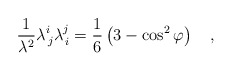
\begin{align*}\frac{1}{\lambda^{2}}\lambda^{i}_{\,j}\lambda^{j}_{\,i}=\frac{1}{6} \left( 3-\cos^{2}{\varphi} \right) ~~~,\end{align*}